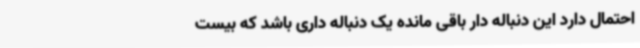
احتمال دارد این دنباله دار باقی مانده یک دنباله داری باشد که بیست